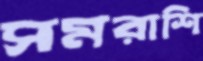
সমরাশি